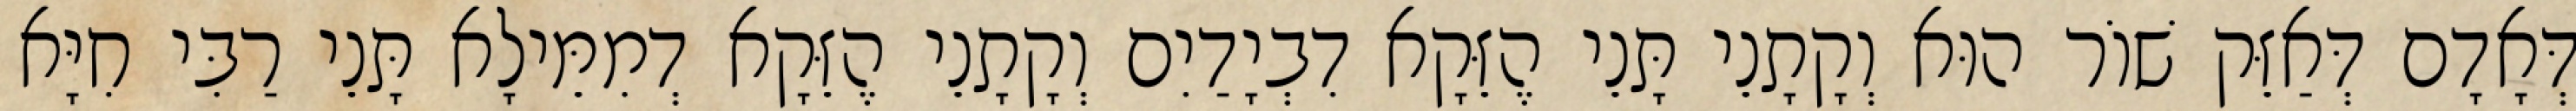
דְּאָדָם דְּאַזֵּק שׁוֹר הוּא וְקָתָנֵי תָּנֵי הֶזֵּקָא דִבְיָדַיִם וְקָתָנֵי הֶזֵּקָא דְמִמֵּילָא תָּנֵי רַבִּי חִיָּא